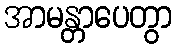
အာမန္တာပေတွာ